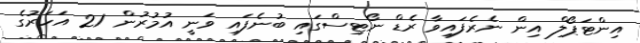
އިންޓަޕޯލް އިން ނެރެފައިވާ ރެޑް ނޯޓިސްގައި ބުނެފައި ވަނީ އުމުރުން 21 އަހަރުގެ